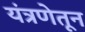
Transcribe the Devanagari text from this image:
यंत्रणेतून